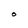
Character: O